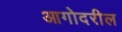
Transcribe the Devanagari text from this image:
आगोदरील